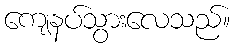
ကျေနပ်သွားလေသည်။